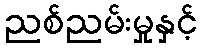
ညစ်ညမ်းမှုနှင့်